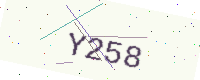
Text: Y258